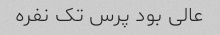
عالی بود پرس تک نفره